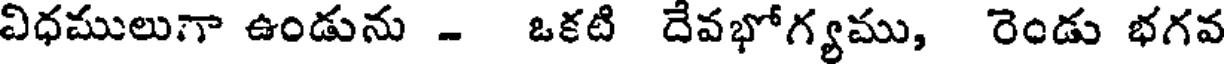
విధములుగా ఉండును - ఒకటి దేవభోగ్యము, రెండు భగవ